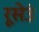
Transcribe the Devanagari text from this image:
रूसेउं